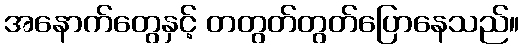
အနောက်တွေနှင့် တတွတ်တွတ်ပြောနေသည်။